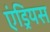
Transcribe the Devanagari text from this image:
एंड्रियस